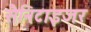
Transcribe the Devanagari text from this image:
सैनिटाइजर